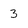
Character: 3